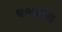
ઘબકારા